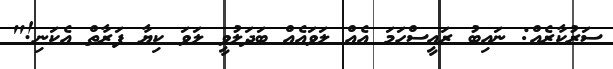
ސަރުކާރެއް: ނައިބު ރައީސްހަމަ އެއް ލަވައެއް ބަދަލުވީ ލަވަ ކިޔާ ފަރާތް އެކަނި!"